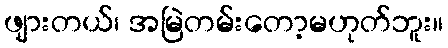
ဖျားတယ်၊ အမြဲတမ်းတော့မဟုတ်ဘူး။